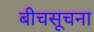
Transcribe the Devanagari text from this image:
बीचसूचना